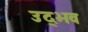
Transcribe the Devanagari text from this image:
उद्‌भव